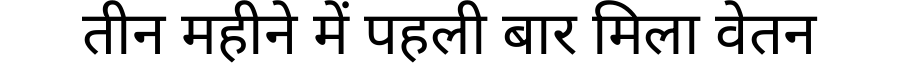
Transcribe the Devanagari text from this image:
तीन महीने में पहली बार मिला वेतन